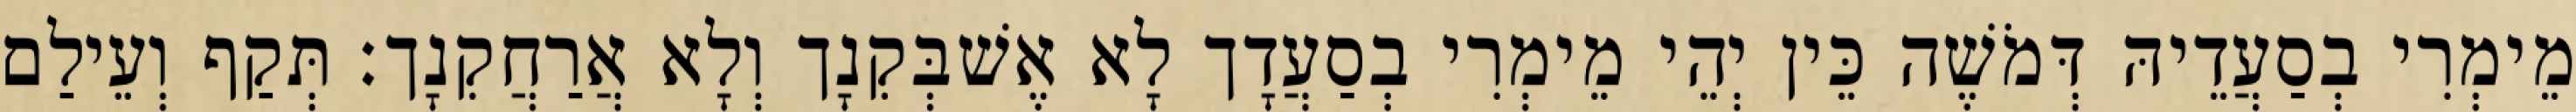
מֵימְרִי בְסַעֲדֵיהּ דְּמֹשֶׁה כֵּין יְהֵי מֵימְרִי בְסַעֲדָך לָא אֶשׁבְּקִנָך וְלָא אֲרַחֲקִנָך׃ תְּקַף וְעֵילַם